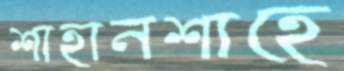
শাহানশাহে